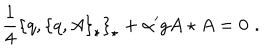
\frac { 1 } { 4 } \left\{ q , \left\{ q , A \right\} _ { \star } \right\} _ { \star } + { \alpha ^ { \prime } } g A \star A = 0 \, \, .